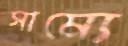
সাম্যে